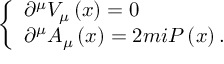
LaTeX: \left\{ \begin{array} { l } { { \partial ^ { \mu } V _ { \mu } \left( x \right) = 0 } } \\ { { \partial ^ { \mu } A _ { \mu } \left( x \right) = 2 m i P \left( x \right) . } } \end{array} \right.